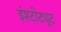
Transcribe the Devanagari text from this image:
इंश्टीट्यूट